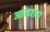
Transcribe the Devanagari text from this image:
आद्यशय